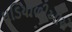
ઘડિયાળીઓએ